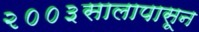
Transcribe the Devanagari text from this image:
२००३सालापासून